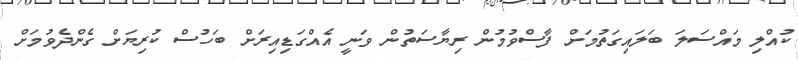
ކުއްލި މައްސަލަ ބަލައިގަތުމަށް ފާސްވުމުން ރިޔާސަތުން ވަނީ އެއްގަޑިއިރަށް ބަހުސް ކުރިޔަށް ގެންދެވުމަށް